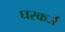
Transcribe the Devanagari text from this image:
घरकर्ज